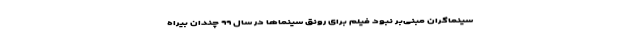
سینماگران مبنی‌بر نبود فیلم برای رونق سینماها در سال ۹۹ چندان بیراه